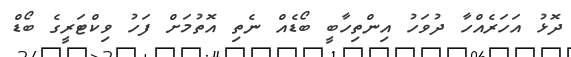
ދޮޅު އަހަރެއްހާ ދުވަހު އިންތިހާބީ ބޯޑެއް ނެތި އޮތުމަށް ފަހު ވިކްޓަރީގެ ބޯޑް